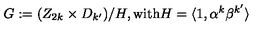
G : = ( Z _ { 2 k } \times D _ { k ^ { \prime } } ) / H , \mathrm { w i t h } H = \langle 1 , \alpha ^ { k } \beta ^ { k ^ { \prime } } \rangle